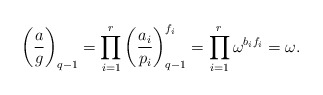
\begin{align*}\left(\frac{a}{g}\right)_{q - 1} = \prod_{i = 1}^r \left(\frac{a_i}{p_i}\right)^{f_i}_{q - 1} = \prod_{i = 1}^r \omega^{b_if_i} = \omega.\end{align*}